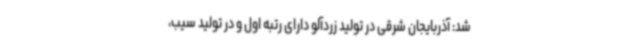
شد: آذربایجان شرقی در تولید زردآلو دارای رتبه اول و در تولید سیب،